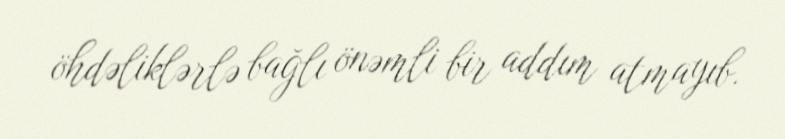
öhdəliklərlə bağlı önəmli bir addım atmayıb.